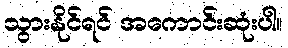
သွားနိုင်ရင် အကောင်းဆုံးပါ။